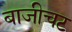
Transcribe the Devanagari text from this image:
बाजीचट